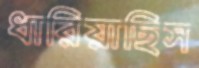
ধারিয়াছিস